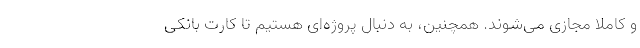
و کاملا مجازی می‌شوند. همچنین، به دنبال پروژه‌ای هستیم تا کارت بانکی